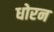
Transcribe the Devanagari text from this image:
धोरन